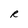
Character: R